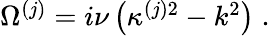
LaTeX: \begin{array}{r}{\Omega^{(j)}=i\nu\left(\kappa^{(j)2}-k^{2}\right)\; .}\end{array}